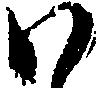
ハ